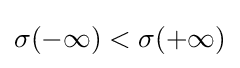
\sigma (-\infty )<\sigma (+\infty )